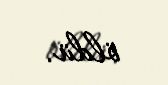
öldü.